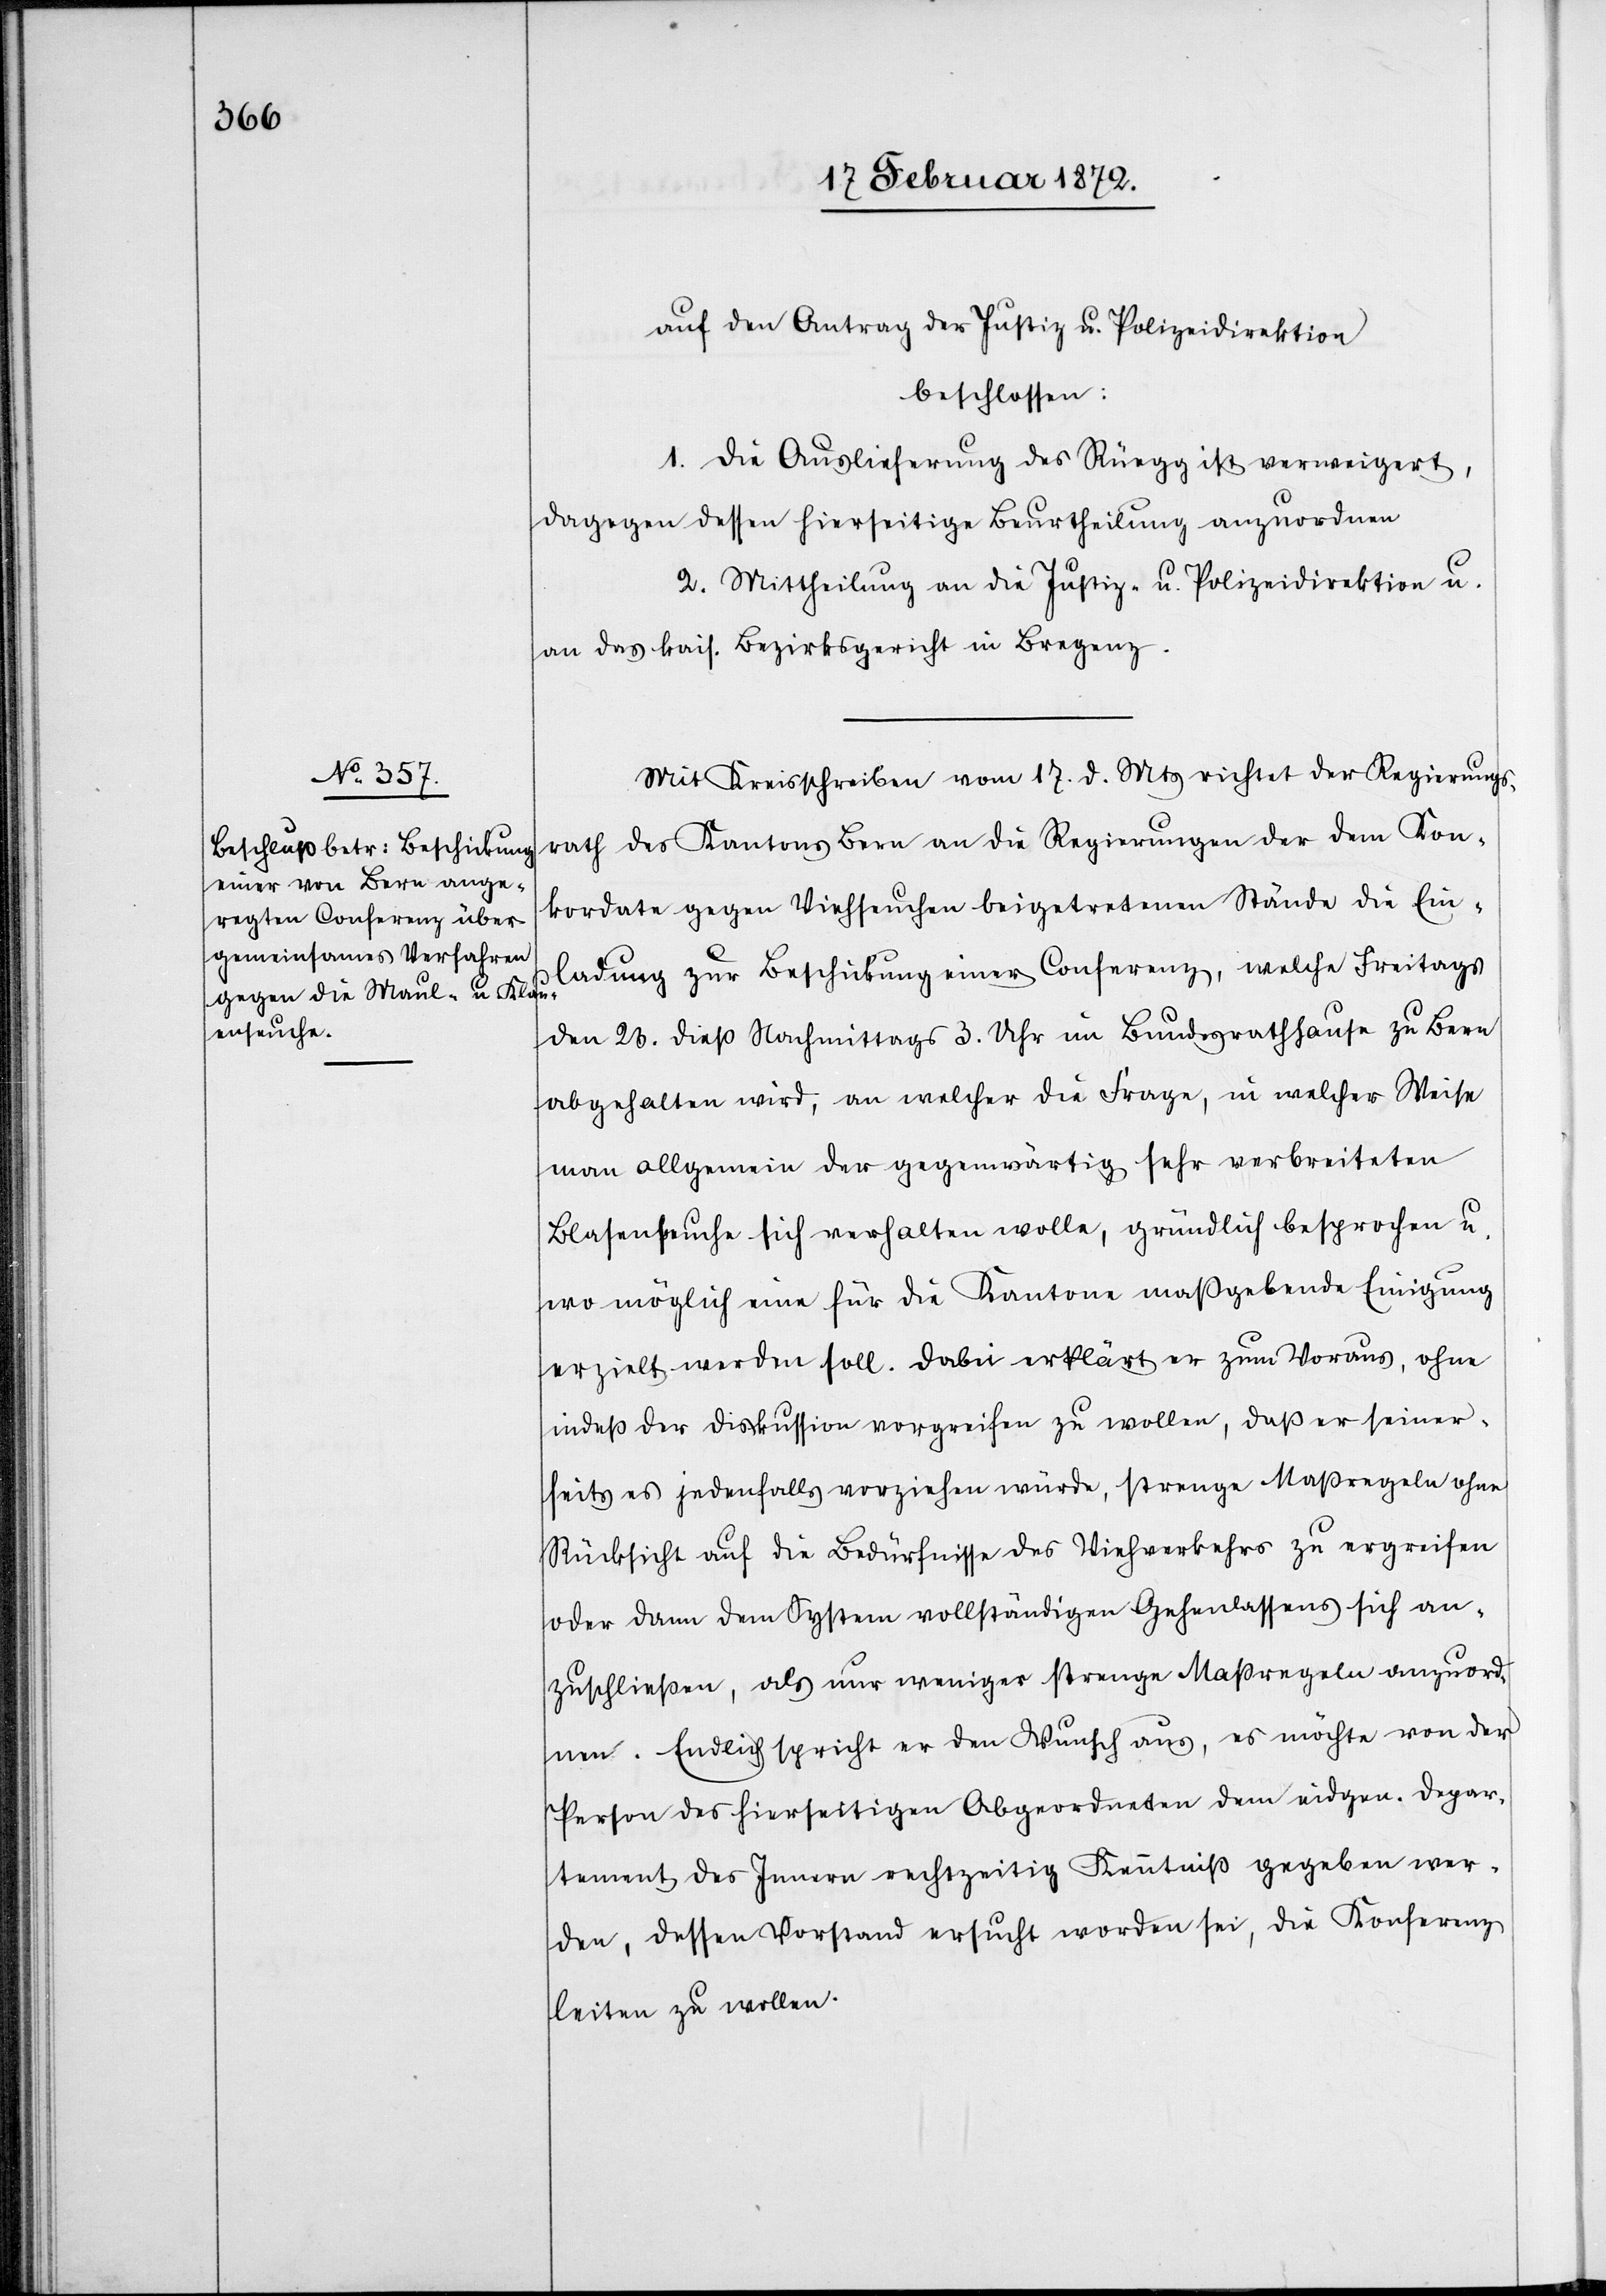
auf den Antrag der Justiz u. Polizeidirektion
beschlossen:
1. Die Auslieferung des Rüegg ist verweigert,
dagegen dessen hierseitige Beurtheilung anzuordnen.
2. Mittheilung an die Justiz- u. Polizeidirektion u.
an das kais. Bezirksgericht in Bregenz.
Mit Kreisschreiben vom 17. d. Mts richtet der Regierungs¬
rath des Kantons Bern an die Regierungen der dem Kon¬
kordate gegen Viehseuchen beigetretenen Stände die Ein¬
ladung zur Beschickung einer Conferenz, welche Freitags
den 23. dieß Nachmittags 3. Uhr im Bundesrathhause zu Bern
abgehalten wird, an welcher die Frage, in welcher Weise
man allgemein der gegenwärtig sehr verbreiteten
Blasenseuche sich verhalten wolle, gründlich besprochen u.
wo möglich eine für die Kantone maßgebende Einigung
erzielt werden soll. Dabei erklärt er zum Voraus, ohne
indeß der Diskussion vorgreifen zu wollen, daß er seiner¬
seits es jedenfalls vorziehen würde, strenge Maßregeln ohne
Rücksicht auf die Bedürfnisse des Viehverkehrs zu ergreifen
oder dann dem System vollständigen Gehenlassens sich an¬
zuschließen, als nur weniger strenge Maßregeln anzuord¬
nen. Endlich spricht er den Wunsch aus, es möchte von der
Person des hierseitigen Abgeordneten dem eidgen. Depar¬
tement des Innern rechtzeitig Kenntniß gegeben wer¬
den, dessen Vorstand ersucht worden sei, die Konferenz
leiten zu wollen.